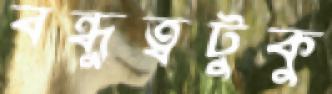
বন্ধুত্বটুকু